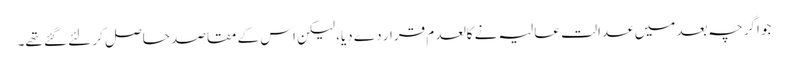
جو اگرچہ بعد میں عدالت عالیہ نے کالعدم قرار دے دیا، لیکن اس کے مقاصد حاصل کر لئے گئے تھے۔